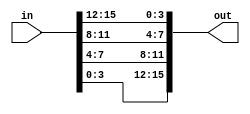
module NowCode_VL12(
    input [15:0] in ,
    output reg [15:0] out 
);

    integer i;
    // 15:12 -> 3:0 11:8->7:4 3:0->15:12
    always @* begin
        for(i=0;i<4;i=i+1) begin
            out[4*i+3 : 4*i] = in[4*(3-i)+3 : 4*(3-i)];
        end
    end

endmodule